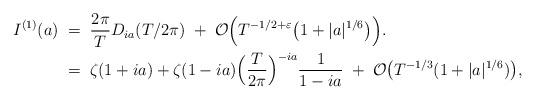
LaTeX: \begin{align*}I^{(1)}(a) &\; = \; \frac{2\pi}{T}D_{ia}(T/2\pi) \;+\; \mathcal{O}\Big(T^{-1/2+\varepsilon}\big( 1+ |a|^{1/6}\big)\Big).\\&\; = \; \zeta(1+ia)+\zeta(1-ia)\Big(\frac{T}{2\pi}\Big)^{-ia}\frac{1}{1-ia} \;+\; \mathcal{O}\big(T^{-1/3}(1+|a|^{1/6})\big),\end{align*}